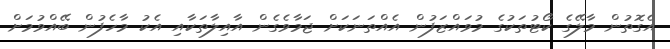
އެގޮތުން މާލޭގެ ކޯޓުތަކުގެ މުވައްޒަފުން އެއްތަނަކަށް ޖަމާވެގެން އާއިލާތަކާއި އެކު މާހެފުން ބޭއްވުމަށް